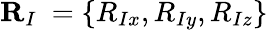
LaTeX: {\mathbf R}_{I}\ =\{ R_{Ix},R_{Iy},R_{Iz}\}